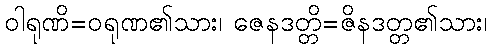
ဝါရုဏိ=ဝရုဏ၏သား၊ ဇေနဒတ္တိ=ဇိနဒတ္တ၏သား၊